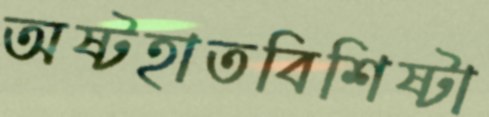
অষ্টহাতবিশিষ্টা